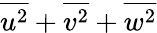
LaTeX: \overline{{u^{2}}}+\overline{{v^{2}}}+\overline{{w^{2}}}